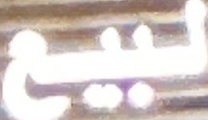
لبیع